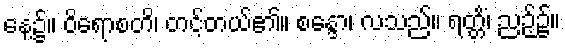
နေ့၌။ ဝိရောစတိ၊ တင့်တယ်၏။ စန္ဒော၊ လသည်။ ရတ္တိံ၊ ညဉ့်၌။